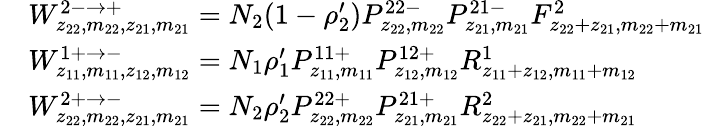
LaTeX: \begin{array}{rl}&{W_{z_{22},m_{22},z_{21},m_{21}}^{2-\rightarrow+}=N_{2}(1-\rho_{2}^{\prime})P_{z_{22},m_{22}}^{22-}P_{z_{21},m_{21}}^{21-}F_{z_{22}+z_{21},m_{22}+m_{21}}^{2}}\\ &{W_{z_{11},m_{11},z_{12},m_{12}}^{1+\rightarrow-}=N_{1}\rho_{1}^{\prime}P_{z_{11},m_{11}}^{11+}P_{z_{12},m_{12}}^{12+}R_{z_{11}+z_{12},m_{11}+m_{12}}^{1}}\\ &{W_{z_{22},m_{22},z_{21},m_{21}}^{2+\rightarrow-}=N_{2}\rho_{2}^{\prime}P_{z_{22},m_{22}}^{22+}P_{z_{21},m_{21}}^{21+}R_{z_{22}+z_{21},m_{22}+m_{21}}^{2}}\end{array}